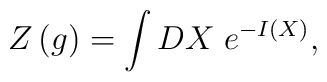
Z\left( g\right) =\int DX\;e^{-I(X)},